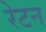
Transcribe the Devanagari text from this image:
रेटन